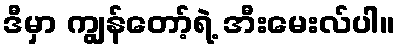
ဒီမှာ ကျွန်တော့်ရဲ့ အီးမေးလ်ပါ။